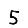
Digit: 5